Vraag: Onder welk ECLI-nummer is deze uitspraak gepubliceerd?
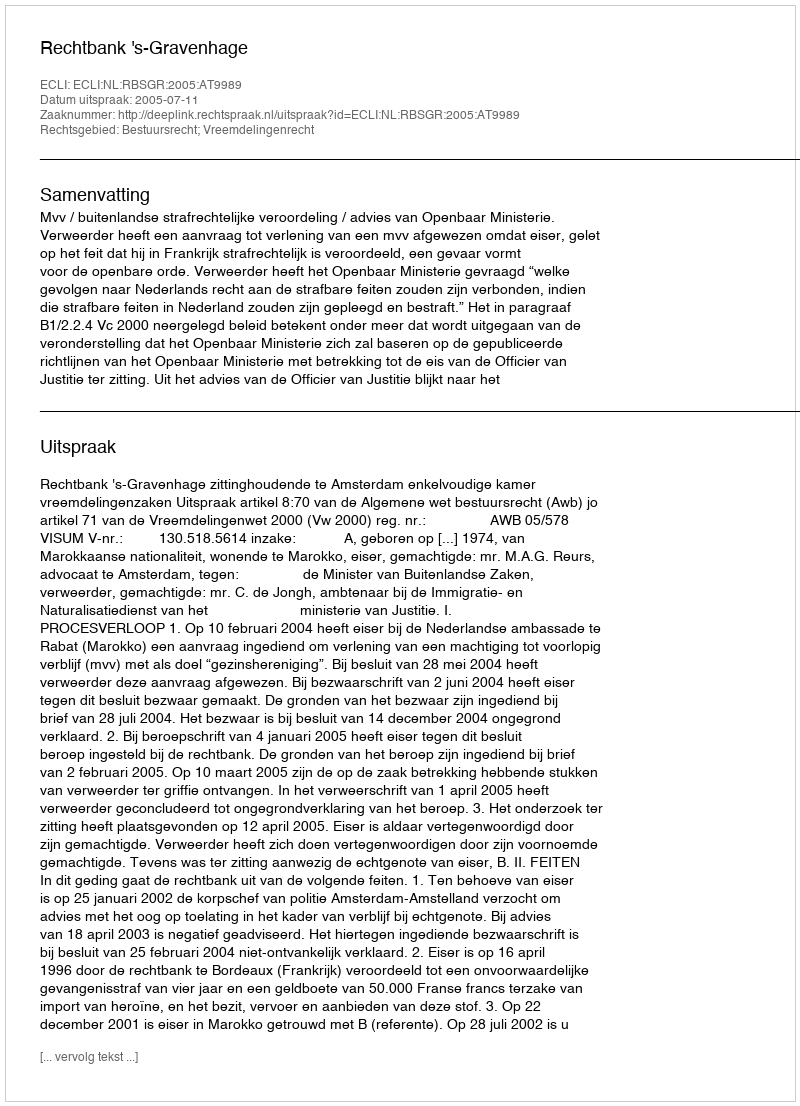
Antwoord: ECLI:NL:RBSGR:2005:AT9989